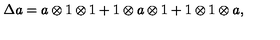
\Delta a = a \otimes 1 \otimes 1 + 1 \otimes a \otimes 1 + 1 \otimes 1 \otimes a ,